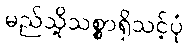
မည်သို့သစ္စာရှိသင့်ပုံ